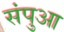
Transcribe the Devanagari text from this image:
संपुआ